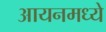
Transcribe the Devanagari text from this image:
आयनमध्ये